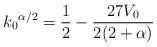
LaTeX: \begin{align*}{k_{0}}^{\alpha/2} = \frac{1}{2} - \frac{27 V_{0}}{2(2 + \alpha)}\end{align*}